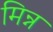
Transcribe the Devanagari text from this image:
मिन्न